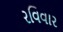
રવિવાર